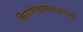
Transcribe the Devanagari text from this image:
लिंगभेदभावात्मक